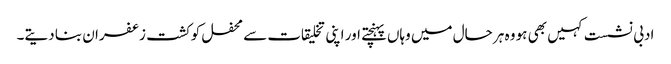
ادبی نشست کہیں بھی ہو وہ ہر حال میں وہاں پہنچتے اور اپنی تخلیقات سے محفل کو کشت زعفران بنا دیتے۔